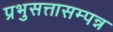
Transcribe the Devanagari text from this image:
प्रभुसत्तासम्पन्न